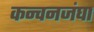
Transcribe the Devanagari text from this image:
कन्चनजंघा